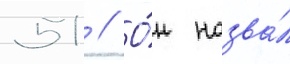
51 // О́н назва́л